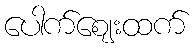
ပေါက်ဈေးထက်